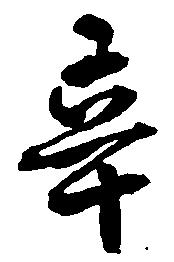
辛